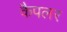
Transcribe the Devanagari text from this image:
कैपलर